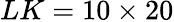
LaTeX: LK=10\times 20